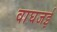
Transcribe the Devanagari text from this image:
वाघजई